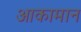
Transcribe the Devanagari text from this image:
आकामान